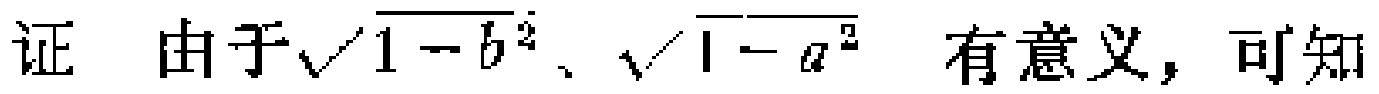
证 由于$\sqrt{1 - b^{2}}$、$\sqrt{1 - a^{2}}$ 有意义，可知